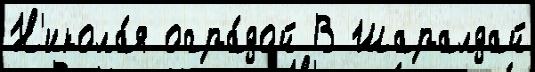
Н'икола́я огра́дой В Шаралдай